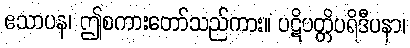
ဧသာပန၊ ဤစကားတော်သည်ကား။ ပဋိပတ္တိပရိဒီပနာ၊